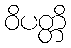
ဝိပတ္တိ